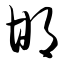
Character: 邯